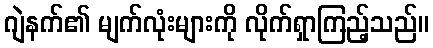
ဂျဲနက်၏ မျက်လုံးများကို လိုက်ရှာကြည့်သည်။